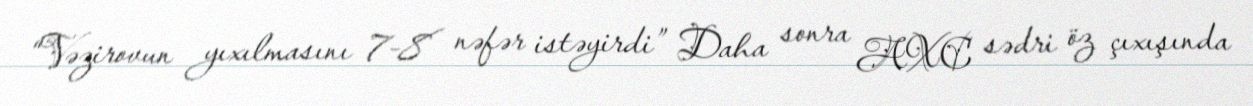
“Vəzirovun yıxılmasını 7-8 nəfər istəyirdi” Daha sonra AXC sədri öz çıxışında